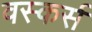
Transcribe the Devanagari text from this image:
वस्कर्स